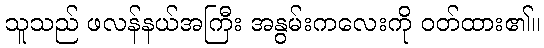
သူသည် ဖလန်နယ်အကြီး အနွမ်းကလေးကို ဝတ်ထား၏။